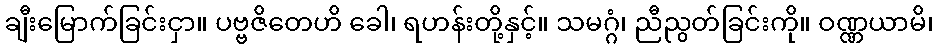
ချီးမြောက်ခြင်းငှာ။ ပဗ္ဗဇိတေဟိ ခေါ၊ ရဟန်းတို့နှင့်။ သမဂ္ဂံ၊ ညီညွတ်ခြင်းကို။ ဝဏ္ဏယာမိ၊